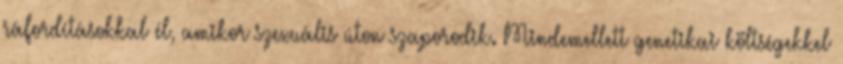
ráfordításokkal él, amikor szexuális úton szaporodik. Mindemellett genetikai költségekkel